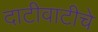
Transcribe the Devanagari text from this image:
दाटीवाटीचे